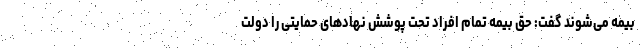
بیمه می‌شوند گفت: حق بیمه تمام افراد تحت پوشش نهادهای حمایتی را دولت